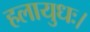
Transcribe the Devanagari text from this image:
हलायुधः।